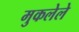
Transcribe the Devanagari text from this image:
मुकलेले